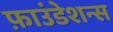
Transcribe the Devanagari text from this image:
फ़ाउंडेशन्स